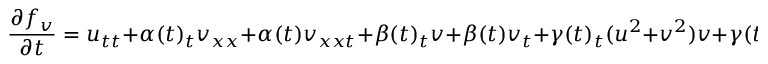
\frac { \partial f _ { v } } { \partial t } = u _ { t t } + \alpha ( t ) _ { t } v _ { x x } + \alpha ( t ) v _ { x x t } + \beta ( t ) _ { t } v + \beta ( t ) v _ { t } + \gamma ( t ) _ { t } ( u ^ { 2 } + v ^ { 2 } ) v + \gamma ( t ) ( 2 u u _ { t } + 2 v v _ { t } ) v + \gamma ( t ) ( u ^ { 2 } + v ^ { 2 } ) v _ { t } .